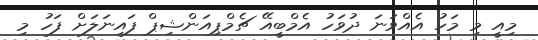
މިއީ މި މަހު އެއްވަނަ ދުވަހު އެމްބީއޭ ޗެމްޕިއަންޝިޕް ފައިނަލަށް ފަހު މި